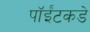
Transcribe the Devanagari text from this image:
पॉईंटकडे